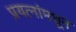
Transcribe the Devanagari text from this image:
प्रयत्‍नांमधून